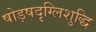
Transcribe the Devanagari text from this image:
षोड़षदृग्लिशुद्धि